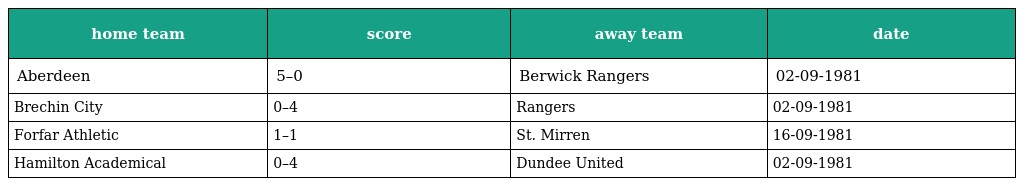
| home team | score | away team | date |
 | --- | --- | --- | --- |
 | Aberdeen | 5–0 | Berwick Rangers | 02-09-1981 |
 | Brechin City | 0–4 | Rangers | 02-09-1981 |
 | Forfar Athletic | 1–1 | St. Mirren | 16-09-1981 |
 | Hamilton Academical | 0–4 | Dundee United | 02-09-1981 |